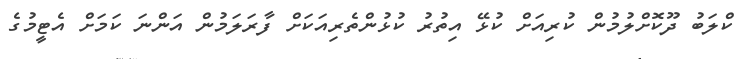
ކްލަބު ދޫކޮށްލުމުން ކުރިއަށް ކުޅޭ އިތުރު ކުޅުންތެރިއަކަށް ފާރަލަމުން އަންނަ ކަމަށް އެޓީމުގެ